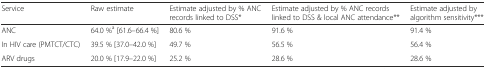
<table><thead><tr><td><b>Service</b></td><td><b>Raw estimate</b></td><td><b>Estimate adjusted by % ANC records linked to DSS*</b></td><td><b>Estimate adjusted by % ANC records linked to DSS &amp; local ANC attendance**</b></td><td><b>Estimate adjusted by algorithm sensitivity***</b></td></tr></thead><tbody><tr><td>ANC</td><td>64.0 %<sup>a</sup> [61.6–66.4 %]</td><td>80.6 %</td><td>91.6 %</td><td>91.4 %</td></tr><tr><td>In HIV care (PMTCT/CTC)</td><td>39.5 % [37.0–42.0 %]</td><td>49.7 %</td><td>56.5 %</td><td>56.4 %</td></tr><tr><td>ARV drugs</td><td>20.0 % [17.9–22.0 %]</td><td>25.2 %</td><td>28.6 %</td><td>28.6 %</td></tr></tbody></table>